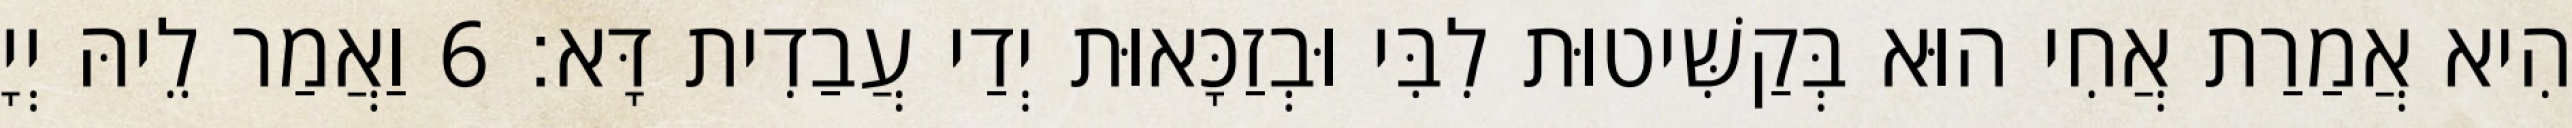
הִיא אֲמַרַת אֲחִי הוּא בְּקַשִּׁיטוּת לִבִּי וּבְזַכָּאוּת יְדַי עֲבַדִית דָּא׃ 6 וַאֲמַר לֵיהּ יְיָ